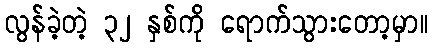
လွန်ခဲ့တဲ့ ၃၂ နှစ်ကို ရောက်သွားတော့မှာ။